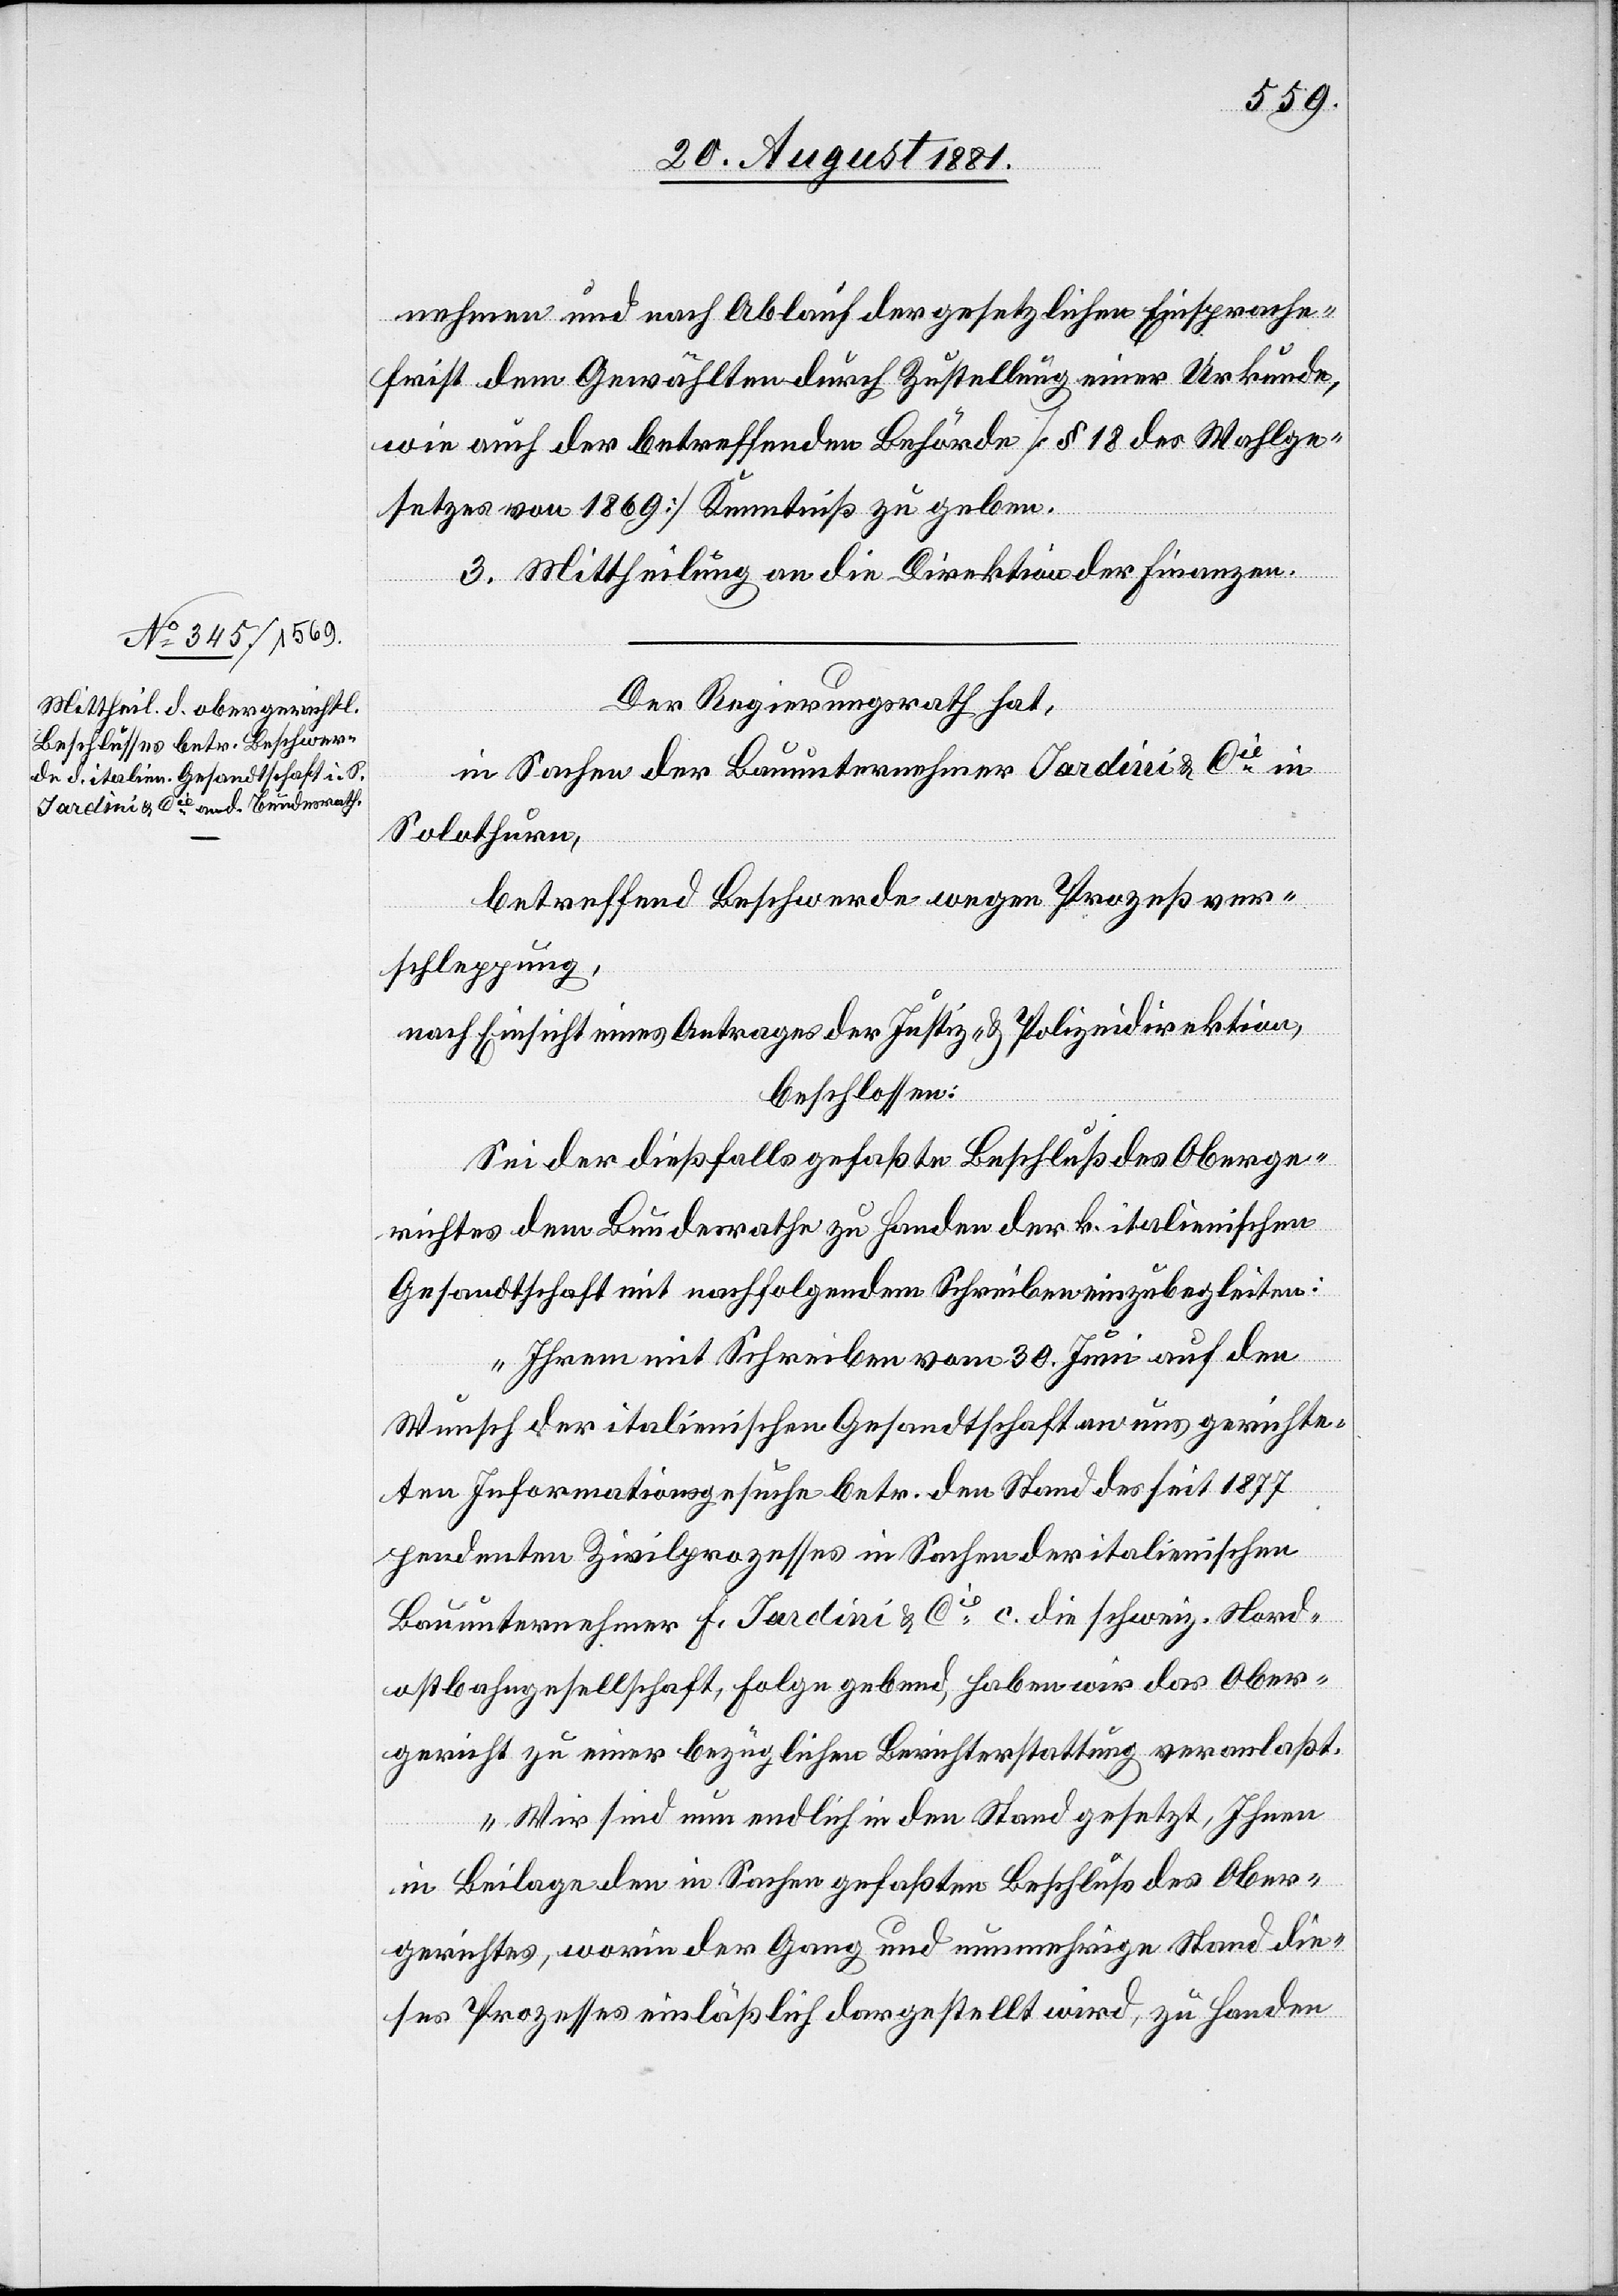
24. August 1881.]
nehmen und nach Ablauf der gesetzlichen Einsprache¬
frist dem Gewählten durch Zustellung einer Urkunde,
wie auch der betreffenden Behörde [§ 18 des Wahlge¬
setzes von 1869] Kenntniß zu geben.
3. Mittheilung an die Direktion der Finanzen.
Der Regierungsrath hat,
in Sachen der Bauunternehmer Jardini & Cie in
Solothurn,
betreffend Beschwerde wegen Prozeßver¬
schleppung,
nach Einsicht eines Antrages der Justiz- & Polizeidirektion,
beschlossen:
Sei der dießfalls gefaßte Beschluß des Oberge¬
richtes dem Bundesrathe zu Handen der k. italienischen
Gesandtschaft mit nachfolgendem Schreiben einzubegleiten:
„Ihrem mit Schreiben vom 30. Juni auf den
Wunsch der italienischen Gesandtschaft an uns gerichte¬
ten Informationsgesuche betr. den Stand des seit 1877
pendenten Zivilprozesses in Sachen der italienischen
Bauunternehmer F. Jardini & Cie c. die schweiz. Nord¬
ostbahngesellschaft, Folge gebend, haben wir das Ober¬
gericht zu einer bezüglichen Berichterstattung veranlaßt.
Wir sind nun endlich in den Stand gesetzt, Ihnen
in Beilage den in Sachen gefaßten Beschluß des Ober¬
gerichtes, worin der Gang und nunmehrige Stand die¬
ses Prozesses einläßlich dargestellt wird, zu Handen